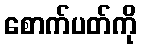
စောက်ပတ်ကို